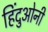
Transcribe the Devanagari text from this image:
हिंदुओनी